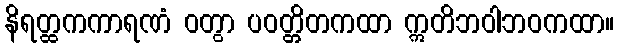
နိရတ္ထကကာရဏံ ဝတွာ ပဝတ္တိတကထာ ဣတိဘဝါဘဝကထာ။